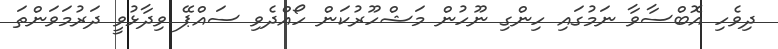
ދިވެހި އޮބްސާވާ ނަމުގައި ހިންގި ނޫހުން މަޝްހޫރުކަން ހޯއްދެވި ސައްޕޭ ވިދާޅުވީ ދަރުމަވަންތަ